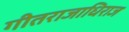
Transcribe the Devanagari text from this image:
गीतराजाधिराज